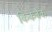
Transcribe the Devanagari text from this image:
किकबैक